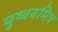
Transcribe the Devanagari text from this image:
पुष्ययमित्र